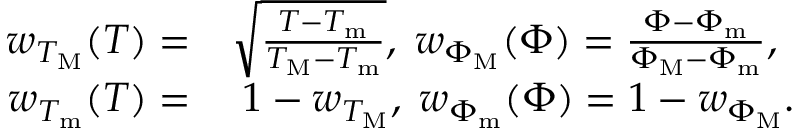
\begin{array} { r l } { w _ { T _ { \mathrm { M } } } ( T ) = } & { { } \sqrt { \frac { T - T _ { \mathrm { m } } } { T _ { \mathrm { M } } - T _ { \mathrm { m } } } } , \; w _ { \Phi _ { \mathrm { M } } } ( \Phi ) = \frac { \Phi - \Phi _ { \mathrm { m } } } { \Phi _ { \mathrm { M } } - \Phi _ { \mathrm { m } } } , } \\ { w _ { T _ { \mathrm { m } } } ( T ) = } & { { } \; 1 - w _ { T _ { \mathrm { M } } } , \; w _ { \Phi _ { \mathrm { m } } } ( \Phi ) = 1 - w _ { \Phi _ { \mathrm { M } } } . } \end{array}